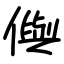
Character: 㒜